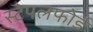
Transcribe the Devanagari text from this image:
स्टेपलफोर्ड